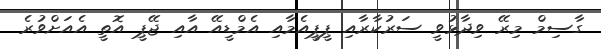
ގާސިމް މިރޭ ވިދާޅުވީ ސަރުކާރާއި ޕީޕީއެމާއި އެމްޑީއޭ އާއި ޖޭޕީ އޮތީ އެއަށްވުރެ